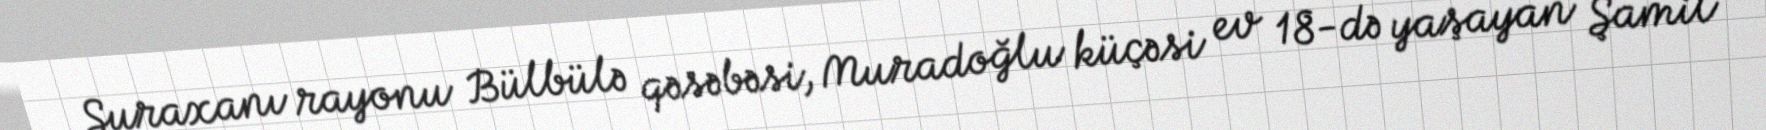
Suraxanı rayonu Bülbülə qəsəbəsi, Muradoğlu küçəsi ev 18-də yaşayan Şamil